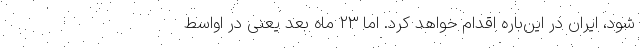
شود، ایران در این‌باره اقدام خواهد کرد. اما ۲۳ ماه بعد یعنی در اواسط